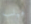
فيلب